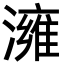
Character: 澭